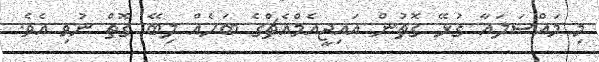
މި މައްސަލައާ ގުޅޭ ގޮތުން އައިޖީއެމްއެޗްގެ ބަހެއް ލިބޭ ގޮތް ނުވި އެވެ.